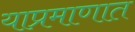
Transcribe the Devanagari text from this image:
याप्रमाणात